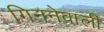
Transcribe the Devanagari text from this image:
गिननेवाली